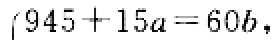
\(945 + 15a = 60b\)